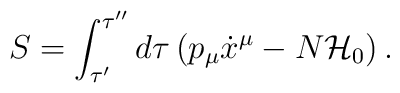
S = \int_{\tau'}^{\tau''} d \tau \left(p_{\mu} \dot{x}^{\mu} - N {\cal H}_0 \right).